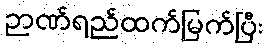
ဉာဏ်ရည်ထက်မြက်ပြီး